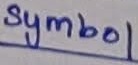
Text: symbol